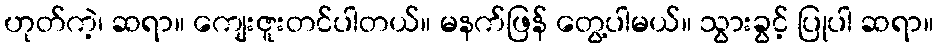
ဟုတ်ကဲ့၊ ဆရာ။ ကျေးဇူးတင်ပါတယ်။ မနက်ဖြန် တွေ့ပါမယ်။ သွားခွင့် ပြုပါ ဆရာ။